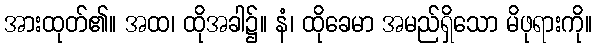
အားထုတ်၏။ အထ၊ ထိုအခါ၌။ နံ၊ ထိုခေမာ အမည်ရှိသော မိဖုရားကို။